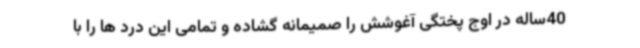
40ساله در اوج پختگی آغوشش را صمیمانه گشاده و تمامی این درد ها را با